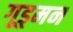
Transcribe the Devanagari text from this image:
गूड्मन